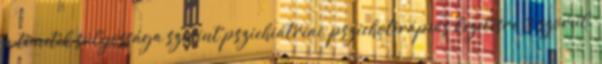
a tünetek súlyossága szerint pszichiátriai, pszichoterápiás kezelésre is szorul.